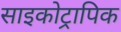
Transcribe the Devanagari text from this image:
साइकोट्रापिक